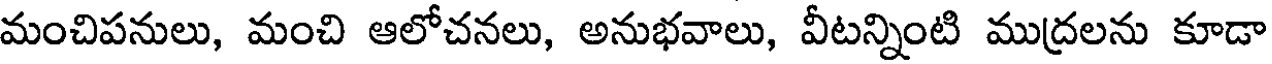
మంచిపనులు, మంచి ఆలోచనలు, అనుభవాలు, వీటన్నింటి ముద్రలను కూడా